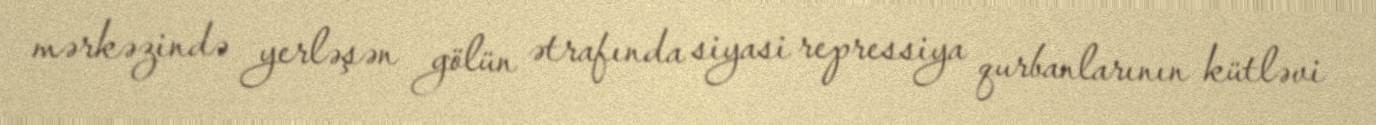
mərkəzində yerləşən gölün ətrafında siyasi repressiya qurbanlarının kütləvi